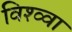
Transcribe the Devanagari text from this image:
विश्व्वा